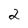
Character: 2